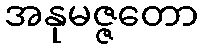
အနုမဇ္ဇတော